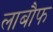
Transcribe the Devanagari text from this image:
लाबौफ